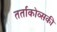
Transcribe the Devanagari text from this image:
तर्ताकोव्सकी